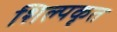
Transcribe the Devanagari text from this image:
शिल्पकृत